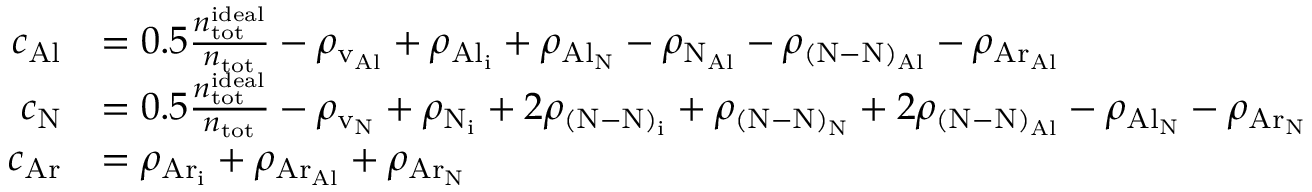
\begin{array} { r l } { c _ { \mathrm { A l } } } & { = 0 . 5 \frac { n _ { \mathrm { t o t } } ^ { \mathrm { i d e a l } } } { n _ { \mathrm { t o t } } } - \rho _ { \mathrm { v _ { A l } } } + \rho _ { \mathrm { { A l } _ { i } } } + \rho _ { \mathrm { { A l } _ { N } } } - \rho _ { \mathrm { { N } _ { A l } } } - \rho _ { \mathrm { { ( N \mathrm { - } N ) } _ { A l } } } - \rho _ { \mathrm { { A r } _ { A l } } } } \\ { c _ { \mathrm { N } } } & { = 0 . 5 \frac { n _ { \mathrm { t o t } } ^ { \mathrm { i d e a l } } } { n _ { \mathrm { t o t } } } - \rho _ { \mathrm { v _ { N } } } + \rho _ { \mathrm { N _ { i } } } + 2 \rho _ { \mathrm { { ( N \mathrm { - } N ) } _ { i } } } + \rho _ { \mathrm { { ( N \mathrm { - } N ) } _ { N } } } + 2 \rho _ { \mathrm { { ( N \mathrm { - } N ) } _ { A l } } } - \rho _ { \mathrm { { A l } _ { N } } } - \rho _ { \mathrm { { A r } _ { N } } } } \\ { c _ { \mathrm { A r } } } & { = \rho _ { \mathrm { { A r } _ { i } } } + \rho _ { \mathrm { { A r } _ { A l } } } + \rho _ { \mathrm { { A r } _ { N } } } } \end{array}